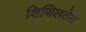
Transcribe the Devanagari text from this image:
शिथिलतेत